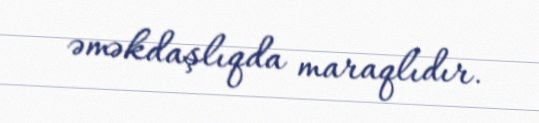
əməkdaşlıqda maraqlıdır.